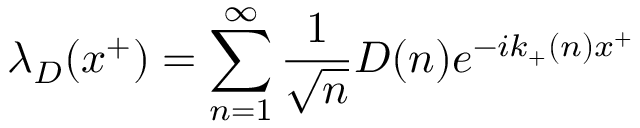
\lambda _ { D } ( x ^ { + } ) = \sum _ { n = 1 } ^ { \infty } { \frac { 1 } { \sqrt { n } } } D ( n ) e ^ { - i k _ { + } ( n ) x ^ { + } }